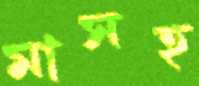
মাসহ